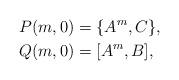
LaTeX: \begin{align*}P(m,0) &= \{ A^m, C \},\\Q(m,0) &= [A^m,B ],\end{align*}